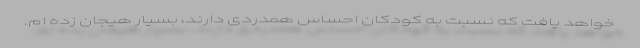
خواهد یافت که نسبت به کودکان احساس همدردی دارند، بسیار هیجان زده ام.